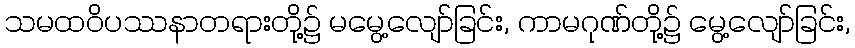
သမထဝိပဿနာတရားတို့၌ မမွေ့လျော်ခြင်း, ကာမဂုဏ်တို့၌ မွေ့လျော်ခြင်း,